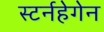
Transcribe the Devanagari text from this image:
स्टर्नहेगेन